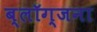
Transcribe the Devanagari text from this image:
ब्लॉग्जना